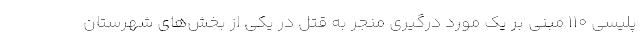
پلیسی ۱۱۰ مبنی بر یک مورد درگیری منجر به قتل در یکی از بخش‌های شهرستان